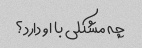
چه مشکلی با او دارد؟